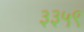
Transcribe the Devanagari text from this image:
३३५९